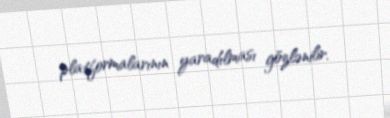
platformalarının yaradılması gözlənilir.